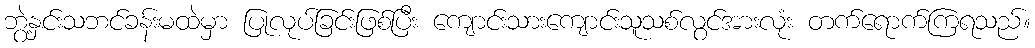
ဘွဲ့နှင်းသဘင်ခန်းမထဲမှာ ပြုလုပ်ခြင်းဖြစ်ပြီး ကျောင်းသားကျောင်းသူသစ်လွင်အားလုံး တက်ရောက်ကြရသည်။